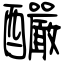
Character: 釅